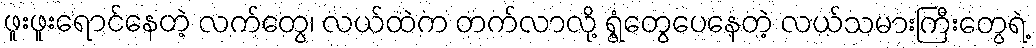
ဖူးဖူးရောင်နေတဲ့ လက်တွေ၊ လယ်ထဲက တက်လာလို့ ရွံ့တွေပေနေတဲ့ လယ်သမားကြီးတွေရဲ့